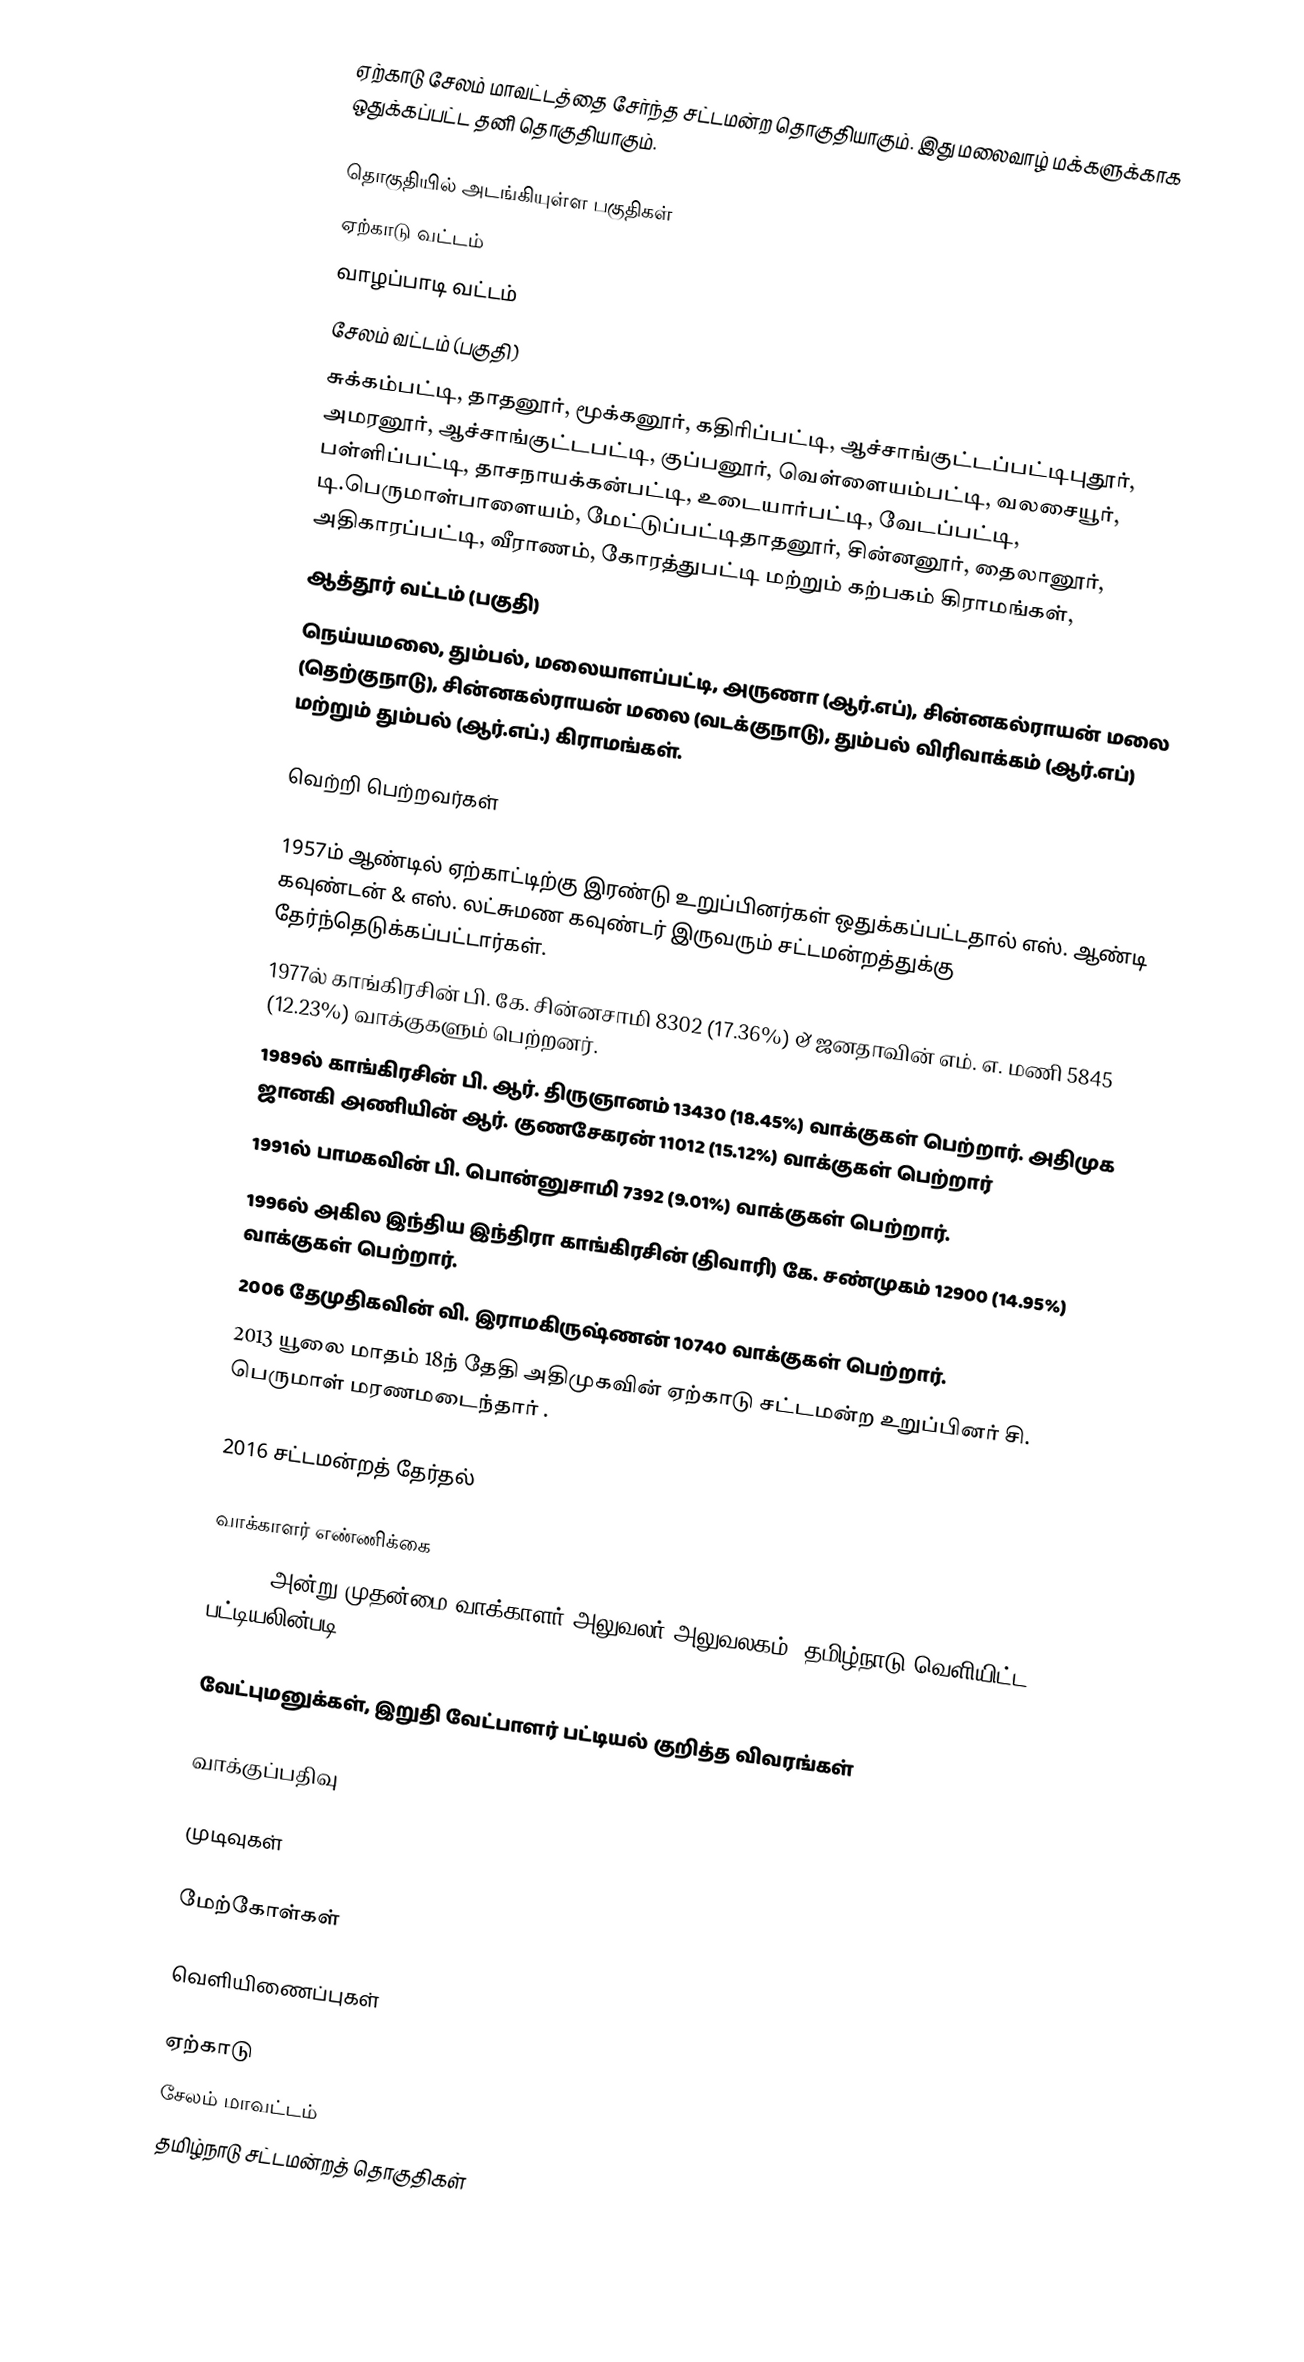
ஏற்காடு சேலம் மாவட்டத்தை சேர்ந்த சட்டமன்ற தொகுதியாகும். இது மலைவாழ் மக்களுக்காக ஒதுக்கப்பட்ட தனி தொகுதியாகும்.

தொகுதியில் அடங்கியுள்ள பகுதிகள்
ஏற்காடு வட்டம்
வாழப்பாடி வட்டம்
சேலம் வட்டம் (பகுதி)
சுக்கம்பட்டி, தாதனூர், மூக்கனூர், கதிரிப்பட்டி, ஆச்சாங்குட்டப்பட்டிபுதூர், அமரனூர், ஆச்சாங்குட்டபட்டி, குப்பனூர், வெள்ளையம்பட்டி, வலசையூர், பள்ளிப்பட்டி, தாசநாயக்கன்பட்டி, உடையார்பட்டி, வேடப்பட்டி, டி.பெருமாள்பாளையம்,  மேட்டுப்பட்டிதாதனூர், சின்னனூர், தைலானூர், அதிகாரப்பட்டி, வீராணம், கோரத்துபட்டி மற்றும் கற்பகம் கிராமங்கள்,
ஆத்தூர் வட்டம் (பகுதி)
நெய்யமலை, தும்பல், மலையாளப்பட்டி, அருணா (ஆர்.எப்), சின்னகல்ராயன் மலை (தெற்குநாடு), சின்னகல்ராயன் மலை (வடக்குநாடு), தும்பல் விரிவாக்கம் (ஆர்.எப்) மற்றும் தும்பல் (ஆர்.எப்.) கிராமங்கள்.

வெற்றி பெற்றவர்கள்

1957ம் ஆண்டில் ஏற்காட்டிற்கு இரண்டு உறுப்பினர்கள் ஒதுக்கப்பட்டதால் எஸ். ஆண்டி கவுண்டன் & எஸ். லட்சுமண கவுண்டர் இருவரும் சட்டமன்றத்துக்கு தேர்ந்தெடுக்கப்பட்டார்கள்.
1977ல் காங்கிரசின் பி. கே. சின்னசாமி 8302 (17.36%) & ஜனதாவின் எம். எ. மணி 5845 (12.23%) வாக்குகளும் பெற்றனர்.
1989ல் காங்கிரசின் பி. ஆர். திருஞானம் 13430  (18.45%) வாக்குகள் பெற்றார். அதிமுக ஜானகி அணியின் ஆர். குணசேகரன் 11012 (15.12%) வாக்குகள் பெற்றார்
1991ல் பாமகவின் பி. பொன்னுசாமி 7392 (9.01%) வாக்குகள் பெற்றார்.
1996ல் அகில இந்திய இந்திரா காங்கிரசின் (திவாரி) கே. சண்முகம் 12900 (14.95%) வாக்குகள் பெற்றார்.
2006 தேமுதிகவின் வி. இராமகிருஷ்ணன் 10740 வாக்குகள் பெற்றார்.
 2013 யூலை மாதம் 18ந் தேதி அதிமுகவின் ஏற்காடு சட்டமன்ற உறுப்பினர் சி. பெருமாள் மரணமடைந்தார் .

2016 சட்டமன்றத் தேர்தல்

வாக்காளர் எண்ணிக்கை
, 2016 அன்று முதன்மை வாக்காளர் அலுவலர் அலுவலகம், தமிழ்நாடு வெளியிட்ட பட்டியலின்படி,

வேட்புமனுக்கள், இறுதி வேட்பாளர் பட்டியல் குறித்த விவரங்கள்

வாக்குப்பதிவு

முடிவுகள்

மேற்கோள்கள்

வெளியிணைப்புகள்

ஏற்காடு
சேலம் மாவட்டம்
தமிழ்நாடு சட்டமன்றத் தொகுதிகள்